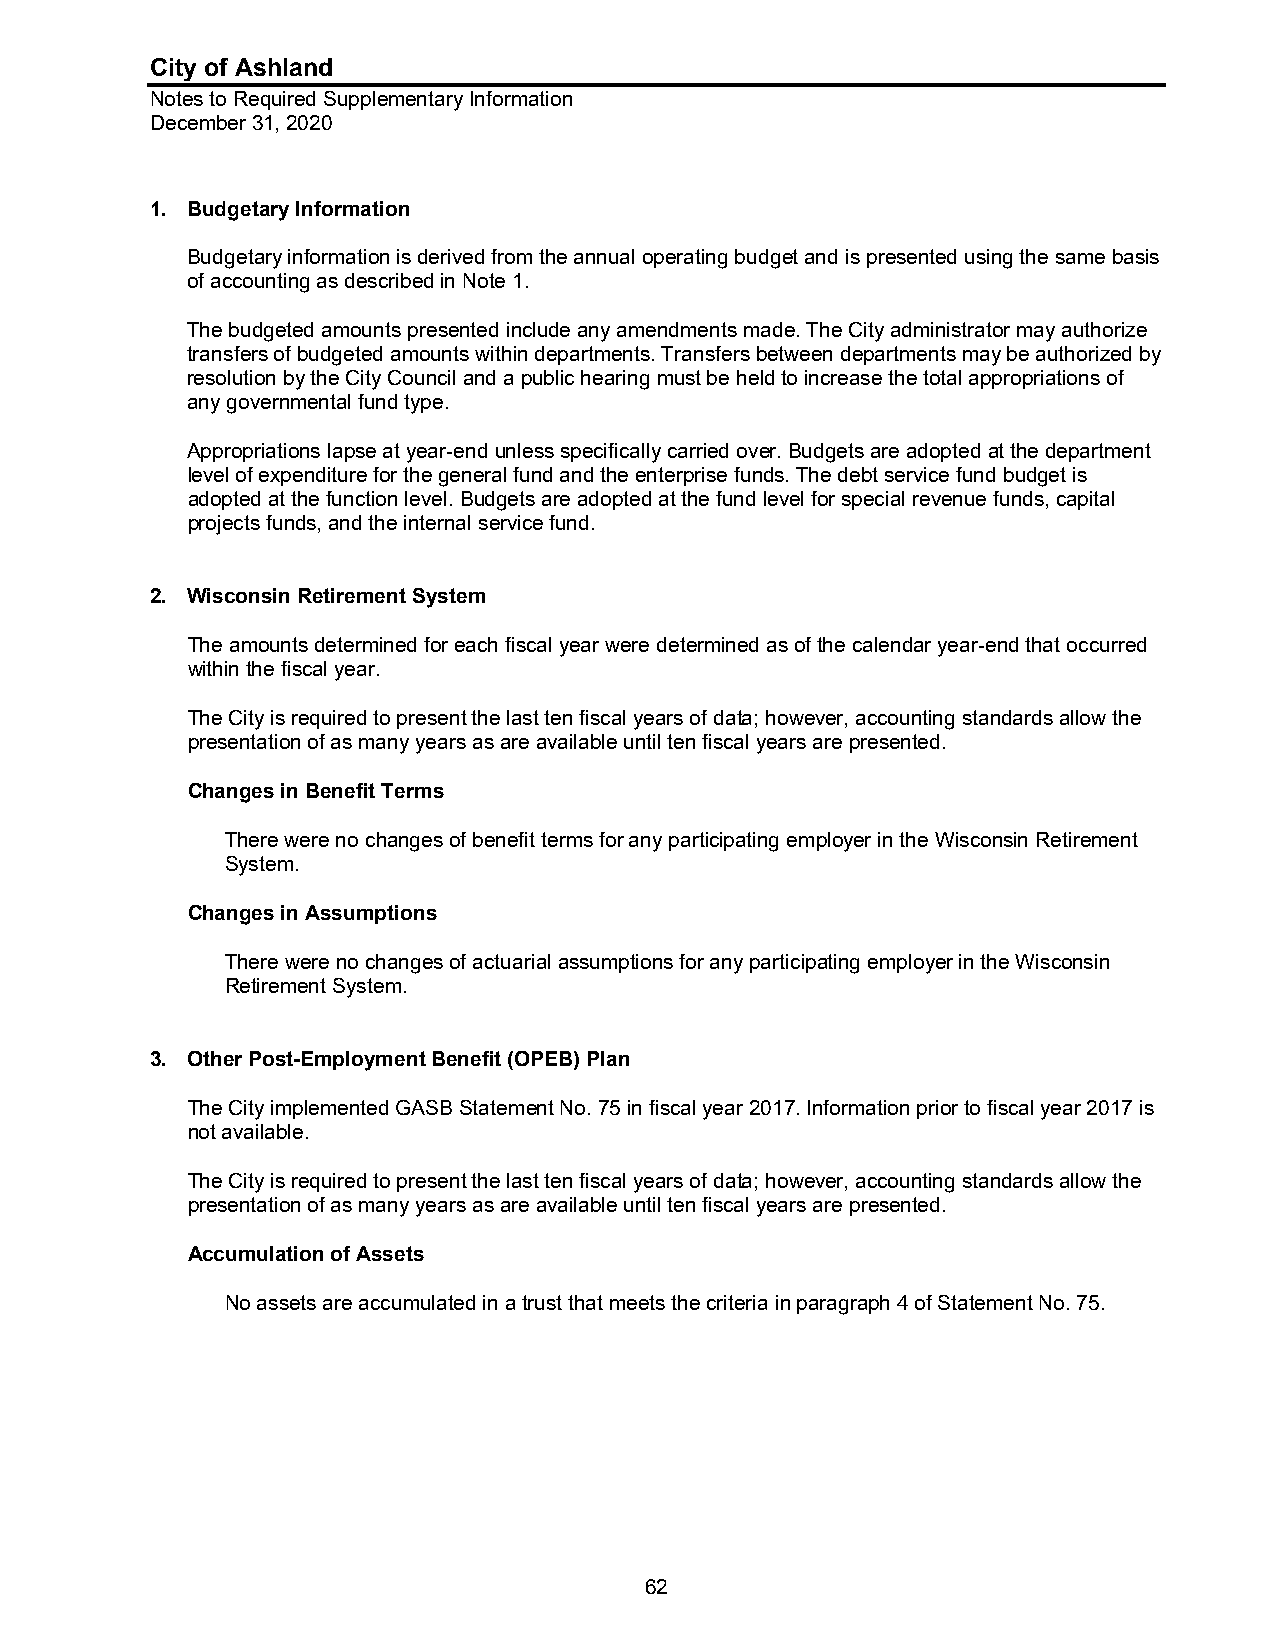
City of Ashland
 Notes to Required Supplementary Information
 December 31, 2020
 1. Budgetary Information
 Budgetary information is derived from the annual operating budget and is presented using the same basis
 of accounting as described in Note 1.
 The budgeted amounts presented include any amendments made. The City administrator may authorize
 transfers of budgeted amounts within departments. Transfers between departments may be authorized by
 resolution by the City Council and a public hearing must be held to increase the total appropriations of
 any governmental fund type.
 Appropriations lapse at year-end unless specifically carried over. Budgets are adopted at the department
 level of expenditure for the general fund and the enterprise funds. The debt service fund budget is
 adopted at the function level. Budgets are adopted at the fund level for special revenue funds, capital
 projects funds, and the internal service fund.
 2. Wisconsin Retirement System
 The amounts determined for each fiscal year were determined as of the calendar year-end that occurred
 within the fiscal year.
 The City is required to present the last ten fiscal years of data; however, accounting standards allow the
 presentation of as many years as are available until ten fiscal years are presented.
 Changes in Benefit Terms
 There were no changes of benefit terms for any participating employer in the Wisconsin Retirement
 System.
 Changes in Assumptions
 There were no changes of actuarial assumptions for any participating employer in the Wisconsin
 Retirement System.
 3. Other Post-Employment Benefit (OPEB) Plan
 The City implemented GASB Statement No. 75 in fiscal year 2017. Information prior to fiscal year 2017 is
 not available.
 The City is required to present the last ten fiscal years of data; however, accounting standards allow the
 presentation of as many years as are available until ten fiscal years are presented.
 Accumulation of Assets
 No assets are accumulated in a trust that meets the criteria in paragraph 4 of Statement No. 75.
 62